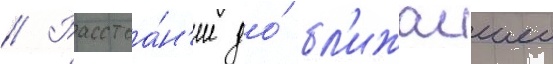
// Расстоа́н'ие до́ бл'ижаишеи